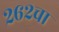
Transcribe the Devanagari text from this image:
२६२चा